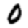
Digit: 0